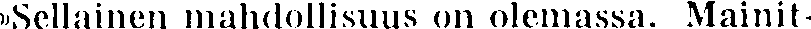
»Sellainen mahdollisuus on olemassa. Mainit-